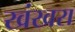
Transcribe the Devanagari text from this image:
खंखरा